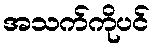
အသက်ကိုပင်